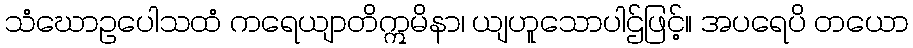
သံဃောဥပေါသထံ ကရေယျာတိဣမိနာ၊ ယျဟူသောပါဌ်ဖြင့်။ အပရေပိ တယော